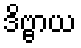
ဒိဗ္ဗာယ